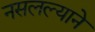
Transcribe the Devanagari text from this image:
नसलल्याने